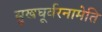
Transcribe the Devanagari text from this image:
सुखघूर्वरनामेति